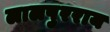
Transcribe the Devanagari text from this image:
लालपुरराय